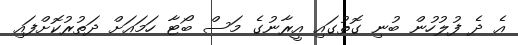
އެ ދެ ފުލުހުން ބުނި ގޮތުގައި އީރާނުގެ މަސް ބޯޓާ ހަމައަށް ދަތުރުކޮށްފައި